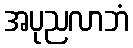
အပုညလာဘံ